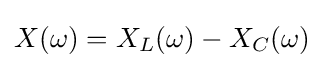
X(\omega )=X_{L}(\omega )-X_{C}(\omega )